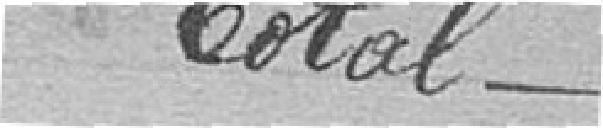
Total